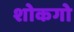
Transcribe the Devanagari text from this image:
शोकगो